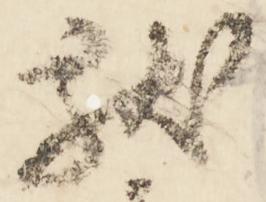
献